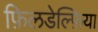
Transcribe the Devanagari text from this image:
फ़िलडेल्फ़िया